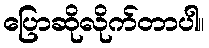
ပြောဆိုလိုက်တာပါ။